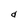
Character: d